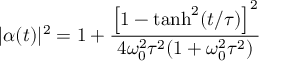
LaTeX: | \alpha ( t ) | ^ { 2 } = 1 + \frac { \left[ 1 - \operatorname { t a n h } ^ { 2 } ( t / \tau ) \right] ^ { 2 } } { 4 \omega _ { 0 } ^ { 2 } \tau ^ { 2 } ( 1 + \omega _ { 0 } ^ { 2 } \tau ^ { 2 } ) }